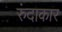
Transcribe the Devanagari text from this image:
रुंदाकार